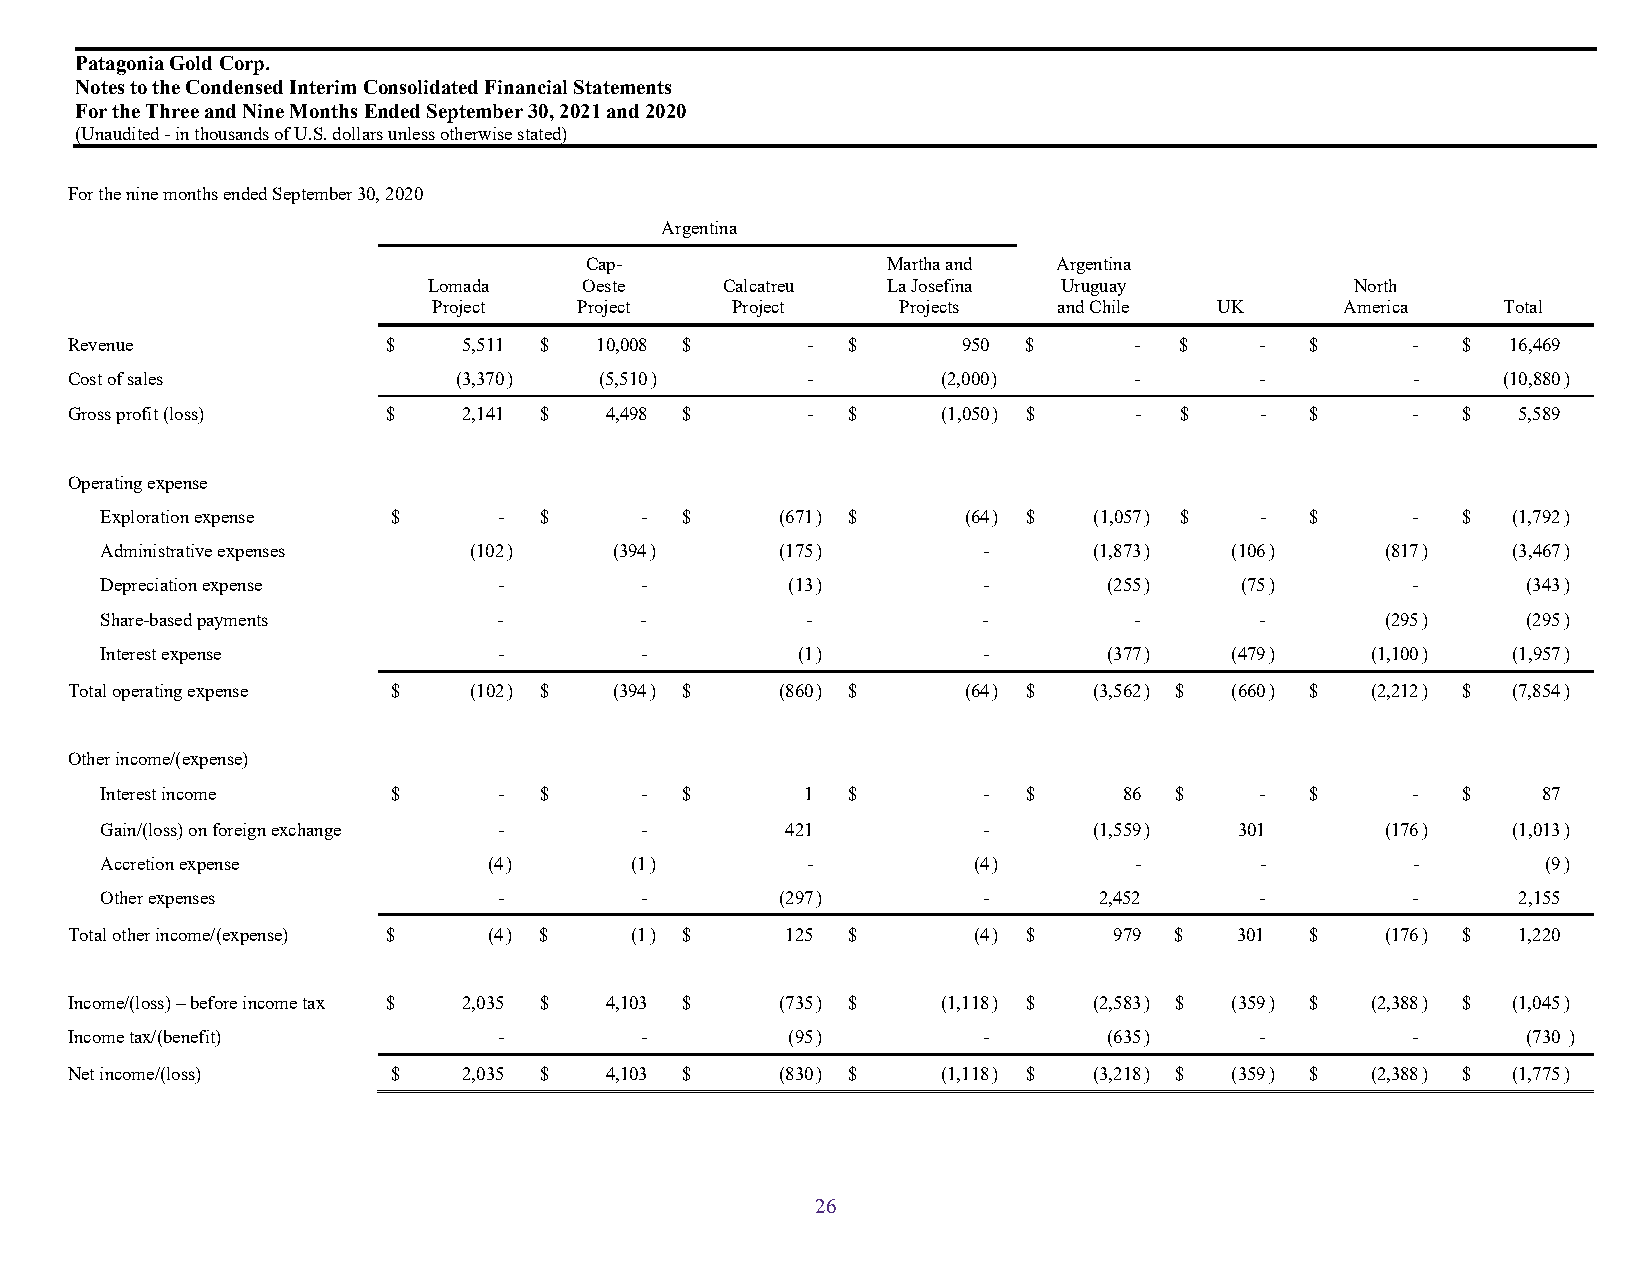
Patagonia Gold Corp.
 Notes to the Condensed Interim Consolidated Financial Statements
 For the Three and Nine Months Ended September 30, 2021 and 2020
 (Unaudited - in thousands of U.S. dollars unless otherwise stated)
 For the nine months ended September 30, 2020
 Argentina
 Cap-                Martha and Argentina
 Lomada     Oeste    Calcatreu  La Josefina Uruguay            North
 Project  Project   Project     Projects  and Chile  UK      America   Total
 Revenue               $    5,511 $ 10,008 $      -  $       950 $      -  $    -   $     -   $  16,469
 Cost of sales             (3,370 )  (5,510)      -        (2,000 )     -       -         -     (10,880 )
 Gross profit (loss)   $    2,141 $  4,498 $      -  $     (1,050 ) $   -  $    -   $     -   $  5,589
 Operating expense
 Exploration expense $     -  $     -  $      (671) $     (64 ) $ (1,057) $  -   $     -   $  (1,792 )
 Administrative expenses (102 )    (394)      (175)        -      (1,873)  (106)      (817)   (3,467 )
 Depreciation expense      -        -         (13)         -       (255)    (75)       -       (343 )
 Share-based payments      -        -          -           -         -       -        (295)    (295 )
 Interest expense          -        -          (1)         -       (377)   (479)     (1,100)  (1,957 )
 Total operating expense $  (102 ) $  (394) $    (860) $     (64 ) $ (3,562) $ (660) $  (2,212) $ (7,854 )
 Other income/(expense)
 Interest income    $      -  $     -  $       1  $        -  $     86  $    -   $     -   $    87
 Gain/(loss) on foreign exchange -  -         421          -      (1,559)   301       (176)   (1,013 )
 Accretion expense        (4 )      (1)        -          (4 )       -       -         -        (9 )
 Other expenses            -        -         (297)        -       2,452     -         -      2,155
 Total other income/(expense) $ (4 ) $ (1) $     125 $       (4 ) $    979 $   301  $    (176) $ 1,220
 Income/(loss) – before income tax $ 2,035 $ 4,103 $ (735) $ (1,118 ) $ (2,583) $ (359) $ (2,388) $ (1,045 )
 Income tax/(benefit)         -        -         (95)         -       (635)     -         -       (730 )
 Net income/(loss)     $    2,035 $  4,103 $     (830) $   (1,118 ) $ (3,218) $ (359) $ (2,388) $ (1,775 )
 26